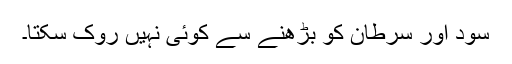
سود اور سرطان کو بڑھنے سے کوئی نہیں روک سکتا۔